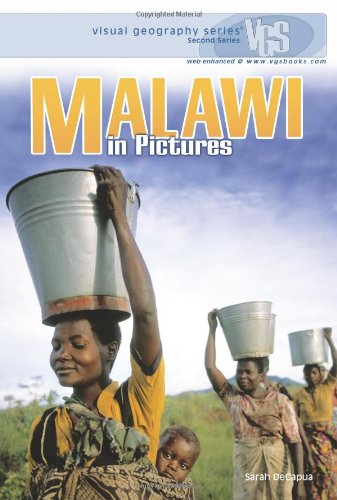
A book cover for Malawi in Pictures (Visual Geography. Second Series); Sarah De Capua; Children's Books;